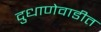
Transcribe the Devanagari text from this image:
दुधाणेवाडीत